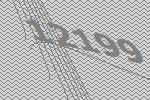
12199